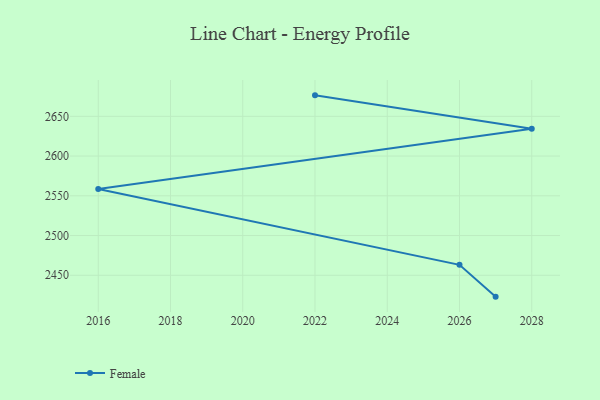
{"axis": {"x": "Year", "y": "Energy Usage (MWh)"}, "legend": ["Female"], "data": [{"x": "2022", "y": 2676.4, "type": "Female"}, {"x": "2028", "y": 2634.5, "type": "Female"}, {"x": "2016", "y": 2558.5, "type": "Female"}, {"x": "2026", "y": 2463.1, "type": "Female"}, {"x": "2027", "y": 2423.1, "type": "Female"}]}